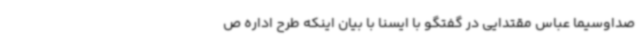
صداوسیما عباس مقتدایی در گفتگو با ایسنا با بیان اینکه طرح اداره ص